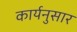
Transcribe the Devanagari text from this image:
कार्यनुसार